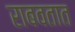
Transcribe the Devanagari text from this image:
राबवतात